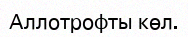
Аллотрофты көл.